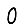
Digit: 0